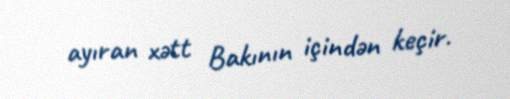
ayıran xətt Bakının içindən keçir.